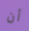
أن